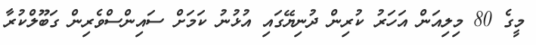
މީގެ 80 މިލިއަން އަހަރު ކުރިން ދުނިޔޭގައި އުޅުނު ކަމަށް ސައިންސްވެރިން ގަބޫލްކުރާ